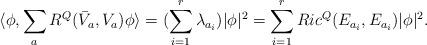
LaTeX: \begin{align*}\langle\phi,\sum_a R^Q(\bar V_a, V_a)\phi\rangle &=(\sum_{i=1}^r \lambda_{a_i})|\phi|^2 =\sum_{i=1}^r Ric^Q(E_{a_i},E_{a_i})|\phi|^2.\end{align*}